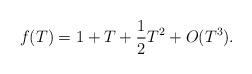
LaTeX: \begin{align*}f(T)= 1+T+{1\over 2} T^2 + O(T^3).\end{align*}